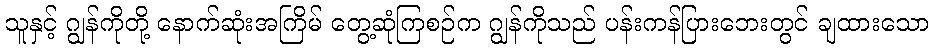
သူနှင့် ဂျွန်ကိုတို့ နောက်ဆုံးအကြိမ် တွေ့ဆုံကြစဉ်က ဂျွန်ကိုသည် ပန်းကန်ပြားဘေးတွင် ချထားသော